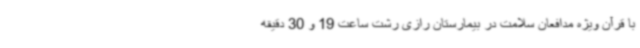
با قرآن ویژه مدافعان سلامت در بیمارستان رازی رشت ساعت 19 و 30 دقیقه